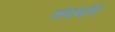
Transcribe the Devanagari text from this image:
संघर्षांने